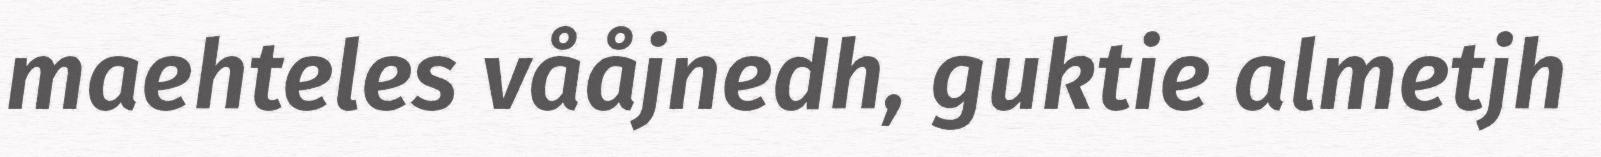
maehteles vååjnedh, guktie almetjh